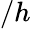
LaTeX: /h